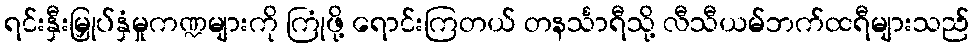
ရင်းနှီးမြှုပ်နှံမှုကဏ္ဍများကို ကြုံဖို့ ရောင်းကြတယ် တနင်္သာရီသို့ လီသီယမ်ဘက်ထရီများသည်